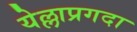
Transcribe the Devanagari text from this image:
येल्लाप्रगदा